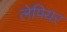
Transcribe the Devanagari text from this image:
लेपियर